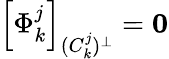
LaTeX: \left[\Phi_{k}^{j}\right]_{(C_{k}^{j})^{\perp}}=\textbf{0}